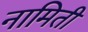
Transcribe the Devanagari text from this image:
नामिती